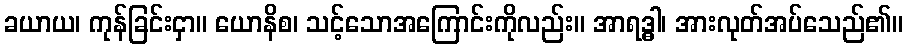
ခယာယ၊ ကုန်ခြင်းငှာ။ ယောနိစ၊ သင့်သောအကြောင်းကိုလည်း။ အာရဒ္ဓါ၊ အားလုတ်အပ်သေည်၏။